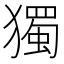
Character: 獨